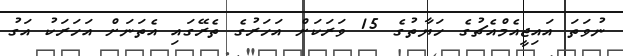
ނުވަތަ އައިޖީއެމްއެޗުގެ ހަޔާތުގެ 15 ވަރަކަށް އަހަރުގެ ތެރޭގައި އެތަނަށް އަހަރަކު އަގު